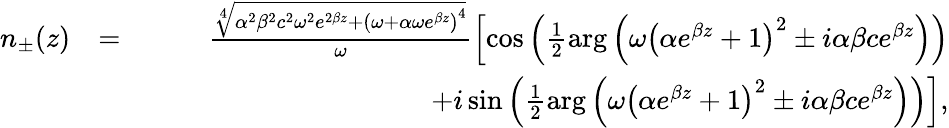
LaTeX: \begin{array}{rlr}{n_{\pm}(z)}&{=}&{\frac{\sqrt[4]{\alpha^{2}\beta^{2}c^{2}\omega^{2}e^{2\beta z}+\left(\omega+\alpha\omega e^{\beta z}\right)^{4}}}{\omega}\left[\cos\left(\frac{1}{2}\arg\left(\omega\left(\alpha e^{\beta z}+1\right)^{2}\pm i\alpha\beta ce^{\beta z}\right)\right)\right.}\\ &{}&{\qquad\qquad\qquad\qquad\qquad\left.+i\sin\left(\frac{1}{2}\arg\left(\omega\left(\alpha e^{\beta z}+1\right)^{2}\pm i\alpha\beta ce^{\beta z}\right)\right)\right],}\end{array}